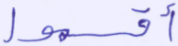
أقسموا